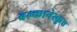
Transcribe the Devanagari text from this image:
बल्कानेस्कुए